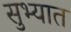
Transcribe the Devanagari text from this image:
सुभ्यात